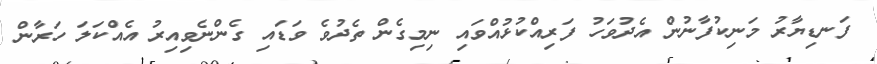
ފަނޑިޔާރު މަނިކުފާނުން އެދުވަހު ފަރިއްކުޅުއްވައި ނިމިގެން ތެދުވެ ވަޑައި ގެންނެވިއިރު އެއްކަލަ ހަރާން